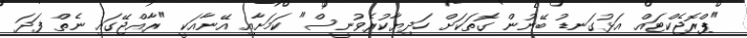
"ޕްރޮޖެކްޓައް އަޅުގަނޑު ބޭނުން ގޮތަކަށް ހަދިޔާކުރެވުނީސް" ކަމަށާއި އޭނާއަކީ "ރާއްޖޭގައި ނެތް ފަދަ